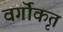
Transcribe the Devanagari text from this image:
वर्गॊकृत